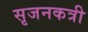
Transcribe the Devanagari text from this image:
सृजनकत्री